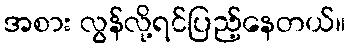
အစား လွန်လို့ရင်ပြည့်နေတယ်။